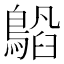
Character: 𬷥